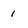
Character: 1